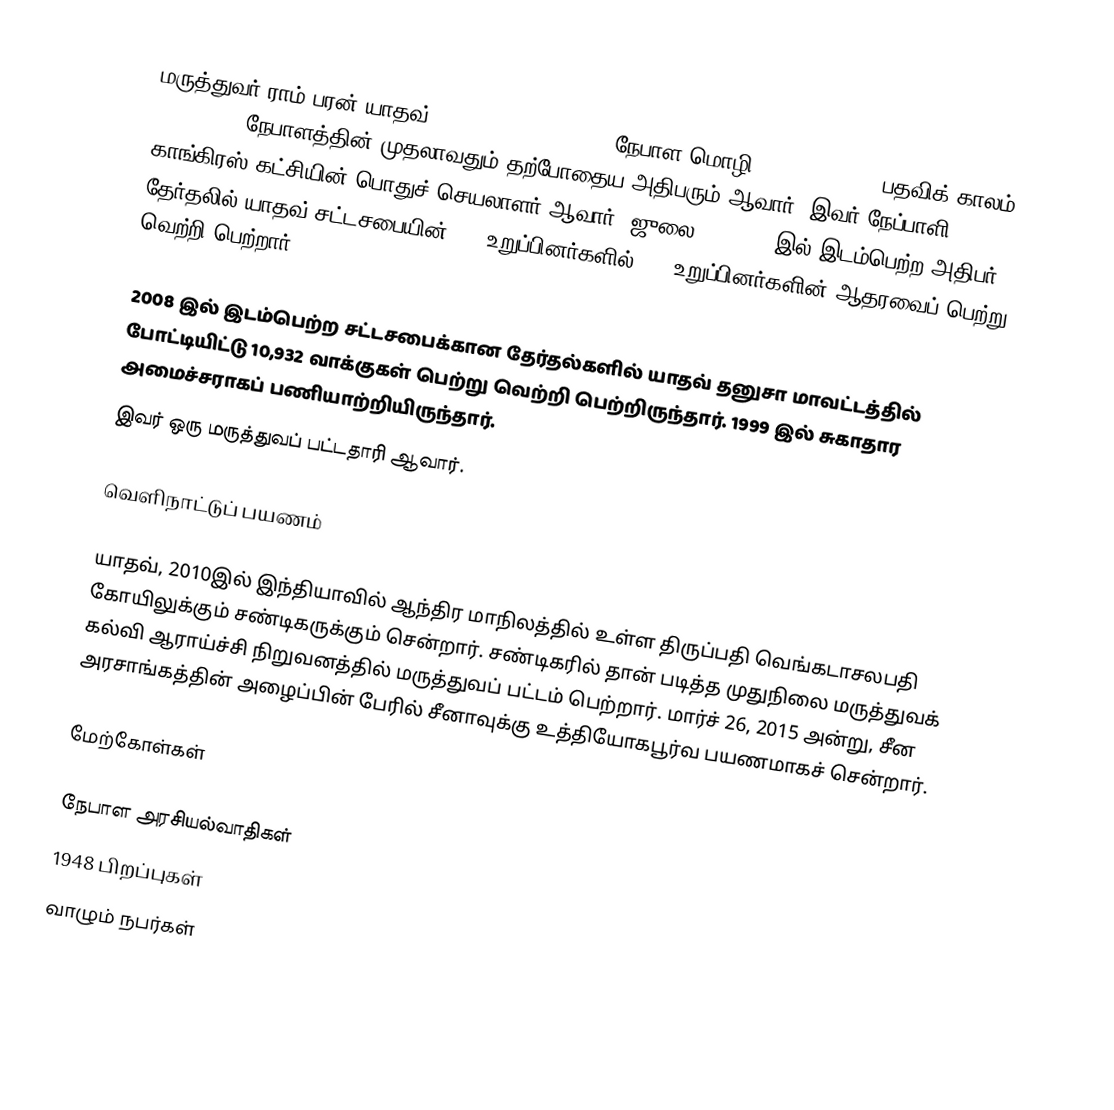
மருத்துவர் ராம் பரன் யாதவ் (Dr. Ram Baran Yadav; நேபாள மொழி: रामवरण यादव) (பதவிக் காலம்: 2008–2015) நேபாளத்தின் முதலாவதும் தற்போதைய அதிபரும் ஆவார். இவர் நேப்பாளி காங்கிரஸ் கட்சியின் பொதுச் செயலாளர் ஆவார். ஜுலை 21, 2008 இல் இடம்பெற்ற அதிபர் தேர்தலில் யாதவ் சட்டசபையின் 590 உறுப்பினர்களில் 308 உறுப்பினர்களின் ஆதரவைப் பெற்று வெற்றி பெற்றார்.

2008 இல் இடம்பெற்ற சட்டசபைக்கான தேர்தல்களில் யாதவ் தனுசா மாவட்டத்தில் போட்டியிட்டு 10,932 வாக்குகள் பெற்று வெற்றி பெற்றிருந்தார். 1999 இல் சுகாதார அமைச்சராகப் பணியாற்றியிருந்தார்.
இவர் ஒரு மருத்துவப் பட்டதாரி ஆவார்.

வெளிநாட்டுப் பயணம்

யாதவ், 2010இல் இந்தியாவில் ஆந்திர மாநிலத்தில் உள்ள திருப்பதி வெங்கடாசலபதி கோயிலுக்கும் சண்டிகருக்கும் சென்றார். சண்டிகரில் தான் படித்த முதுநிலை மருத்துவக் கல்வி ஆராய்ச்சி நிறுவனத்தில் மருத்துவப் பட்டம் பெற்றார். மார்ச் 26, 2015 அன்று, சீன அரசாங்கத்தின் அழைப்பின் பேரில் சீனாவுக்கு உத்தியோகபூர்வ பயணமாகச் சென்றார்.

மேற்கோள்கள்

நேபாள அரசியல்வாதிகள்
1948 பிறப்புகள்
வாழும் நபர்கள்